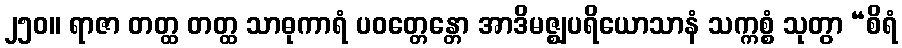
၂၅၀။ ရာဇာ တတ္ထ တတ္ထ သာဓုကာရံ ပဝတ္တေန္တော အာဒိမဇ္ဈပရိယောသာနံ သက္ကစ္စံ သုတွာ “စိရံ